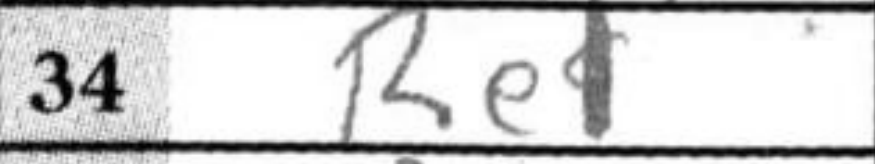
Transcription: Re1